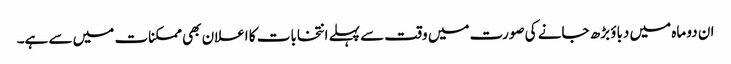
ان دو ماہ میں دباؤ بڑھ جانے کی صورت میں وقت سے پہلے انتخابات کا اعلان بھی ممکنات میں سے ہے۔